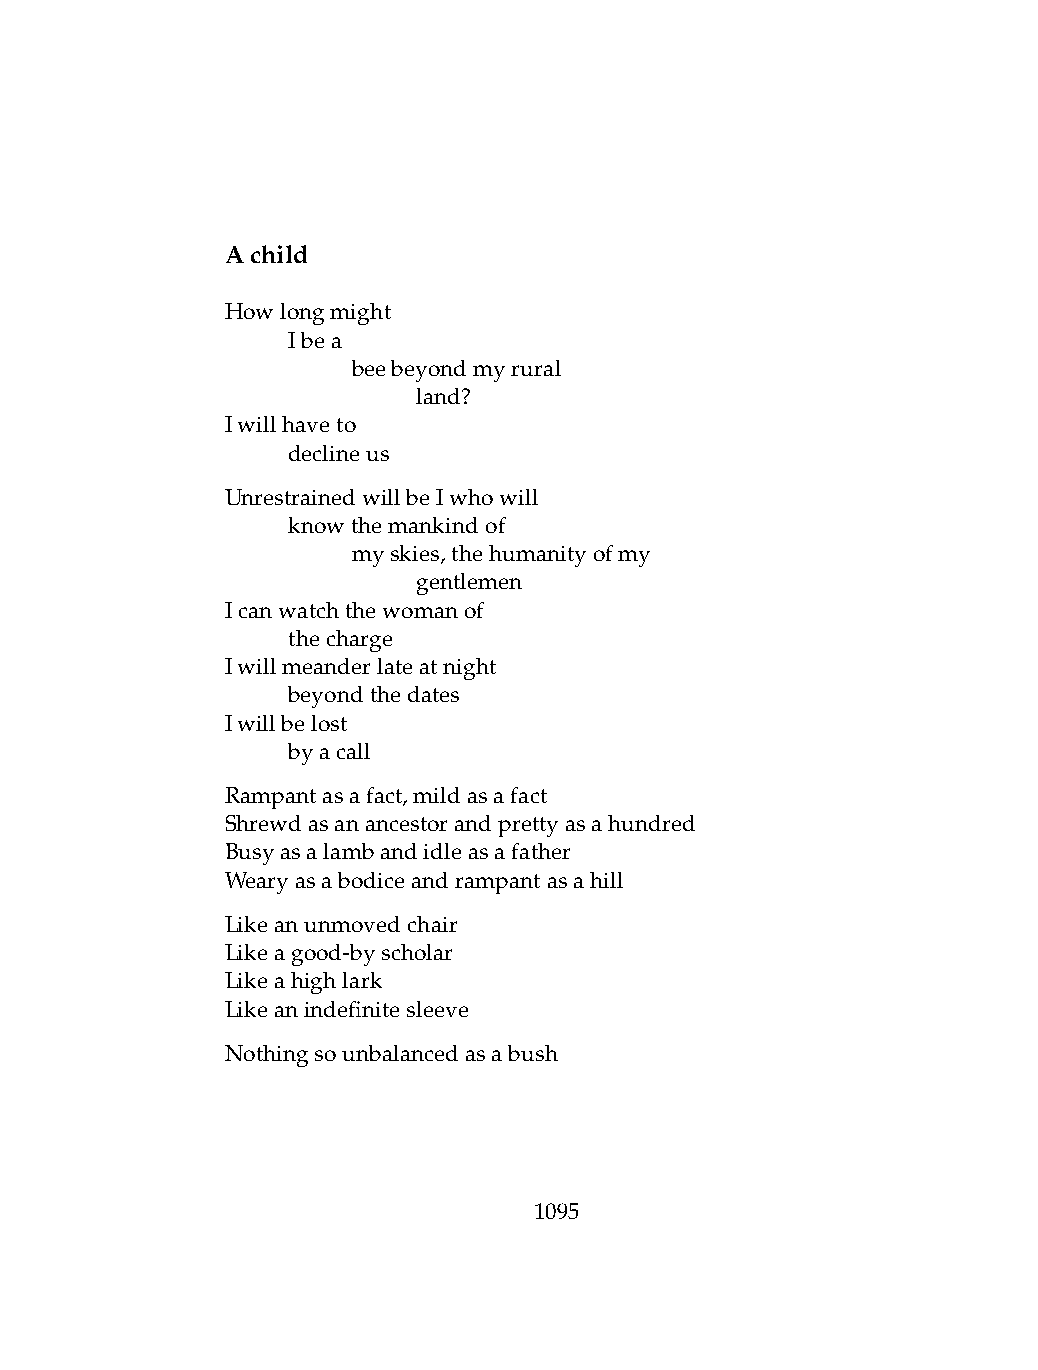
Achild
 Howlongmight
 .   Ibea
 .   .   beebeyondmyrural
 .   .   .    land?
 Iwillhaveto
 .   declineus
 UnrestrainedwillbeIwhowill
 .   knowthemankindof
 .   .   myskies,thehumanityofmy
 .   .   .    gentlemen
 Icanwatchthewomanof
 .   thecharge
 Iwillmeanderlateatnight
 .   beyondthedates
 Iwillbelost
 .   byacall
 Rampantasafact,mildasafact
 Shrewdasanancestorandprettyasahundred
 Busyasalambandidleasafather
 Wearyasabodiceandrampantasahill
 Likeanunmovedchair
 Likeagood-byscholar
 Likeahighlark
 Likeanindefinitesleeve
 Nothingsounbalancedasabush
 1095